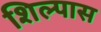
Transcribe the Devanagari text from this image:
शिल्पास